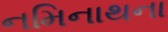
નમિનાથના